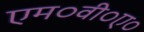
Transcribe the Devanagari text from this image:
एम०वी०ए०